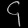
Digit: ၄